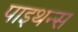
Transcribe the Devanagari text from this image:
पाइथन्स